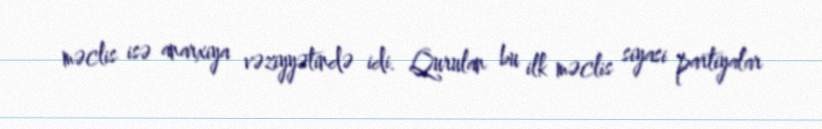
məclis isə anarxiya vəziyyətində idi. Qurulan bu ilk məclis siyasi partiyalar